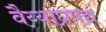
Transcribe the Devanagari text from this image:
वैय्याघ्रपद्य